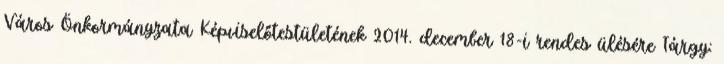
Város Önkormányzata Képviselőtestületének 2014. december 18-i rendes ülésére Tárgy: